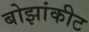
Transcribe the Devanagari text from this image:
बोझांकीट